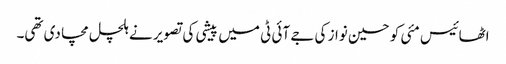
اٹھائیس مئی کو حسین نواز کی جے آئی ٹی میں پیشی کی تصویر نے ہلچل مچا دی تھی۔